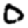
Digit: 0